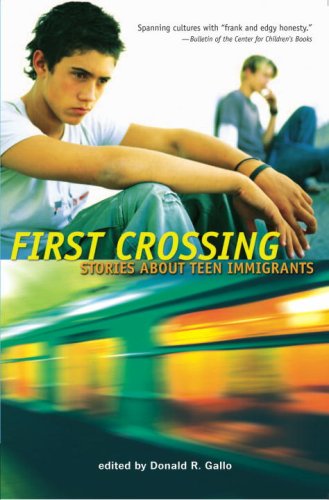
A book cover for First Crossing: Stories About Teen Immigrants; Teen & Young Adult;